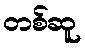
တစ်ဆူ